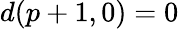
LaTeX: d(p+1,0)=0